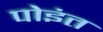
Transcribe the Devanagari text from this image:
पोइंत